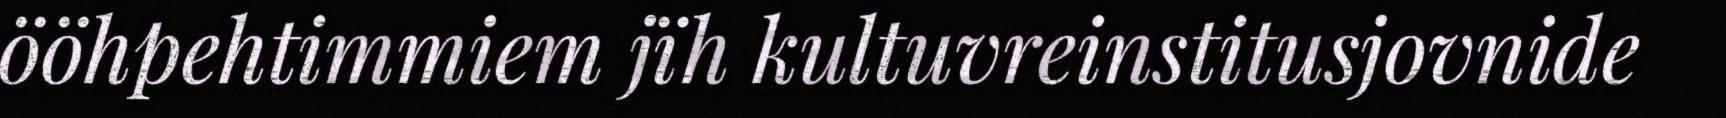
ööhpehtimmiem jïh kultuvreinstitusjovnide